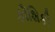
કૌશિકી